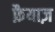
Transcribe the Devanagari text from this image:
फ़ैयाज़